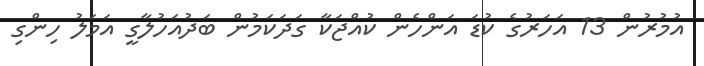
އުމުރުން 13 އަހަރުގެ ކުޑަ އަންހެން ކުއްޖަކާ ގަދަކަމުން ބަދުއަހުލާގީ އަމަލު ހިންގި